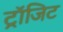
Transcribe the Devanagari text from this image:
ट्रॉजिट